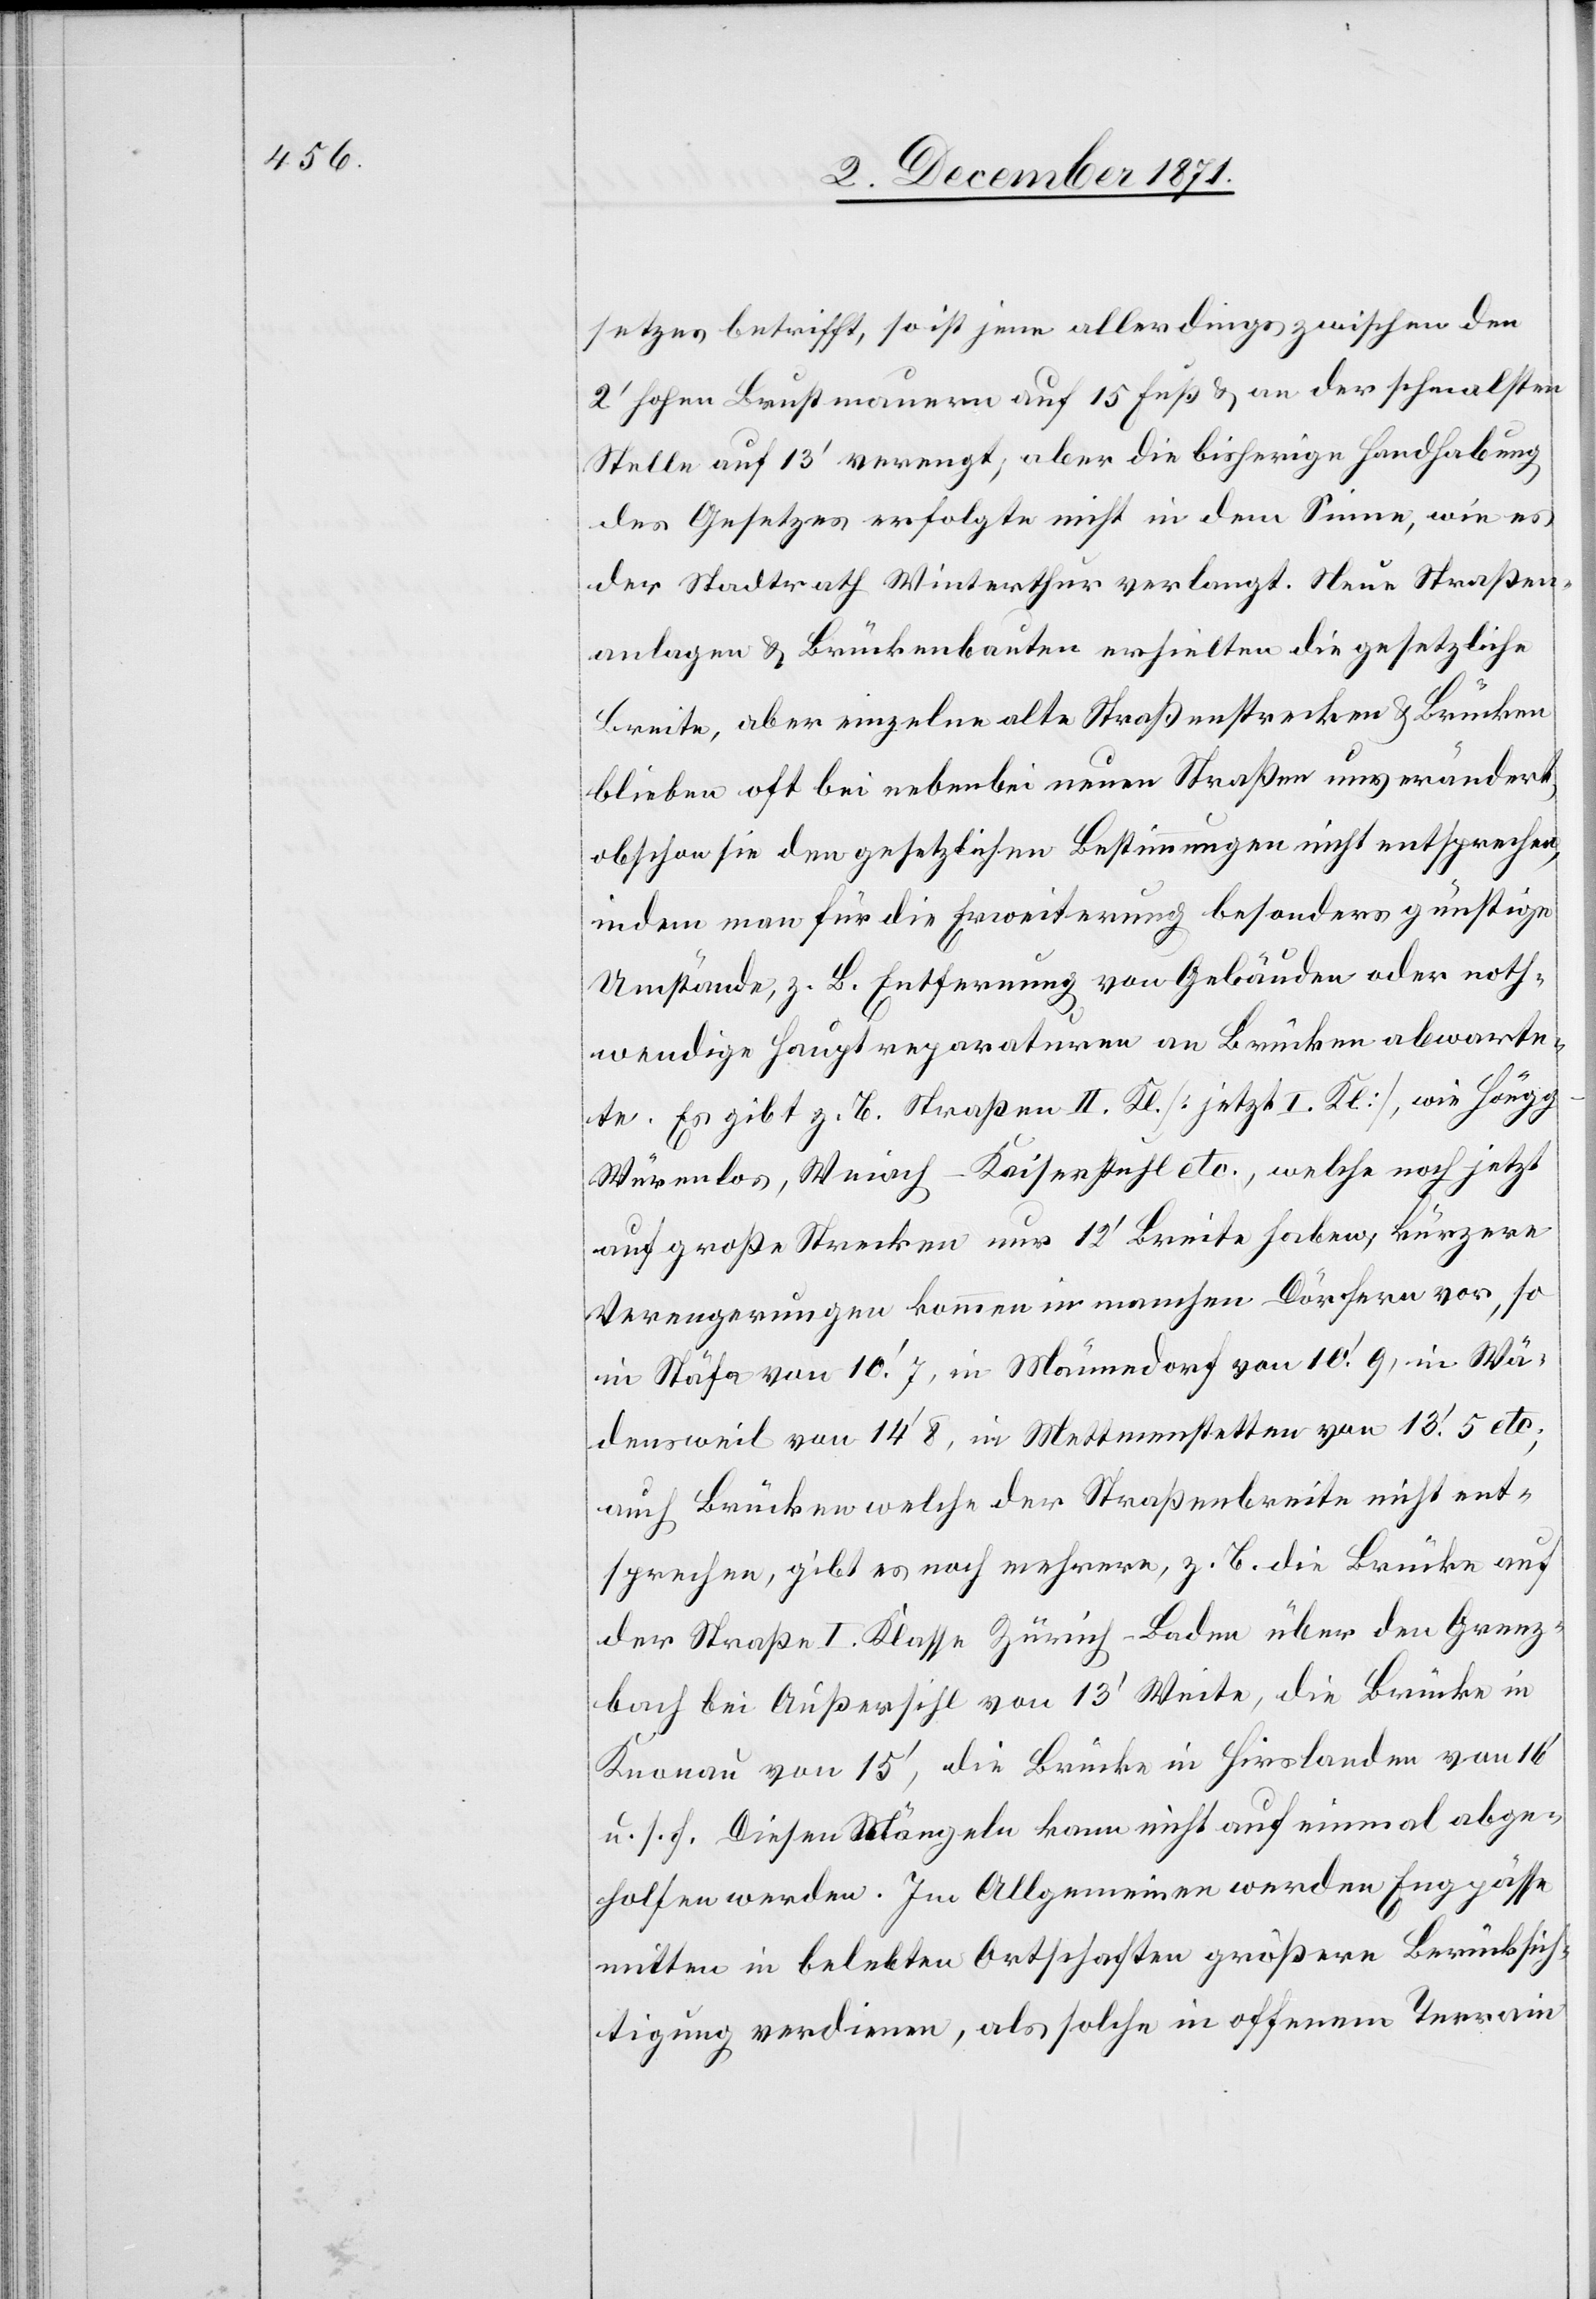
setzes betrifft, so ist jene allerdings zwischen den
2’ hohen Brustmauern auf 15 Fuß & an der schmalsten
Stelle auf 13’ verengt, aber die bisherige Handhabung
des Gesetzes erfolgte nicht in dem Sinne, wie es
der Stadtrath Winterthur verlangt. Neue Straßen¬
anlagen & Brückenbauten erhielten die gesetzliche
Breite, aber einzelne alte Straßenstrecken & Brücken
blieben oft bei nebenbei neuen Straßen unverändert,
obschon sie den gesetzlichen Bestimmungen nicht entsprechen,
indem man für die Erweiterung besonders günstige
Umstände, z. B. Entfernung von Gebäuden oder noth¬
wendige Hauptreparaturen an Brücken obwarte¬
te. Es gibt z. B. Straßen II. Kl. [jetzt I. Kl.], wie Höng¬
g–Würenlos, Weiach–Kaiserstuhl etc., welche noch jetzt
auf große Strecken nur 12’ Breite haben, kürzere
Verengerungen kommen in manchen Dörfern vor, so
in Stäfa von 10’7, in Männedorf von 10’9, in Wä¬
densweil von 14’8, in Mettmenstetten von 13’5 etc.;
auch Brücken welche der Straßenbreite nicht ent¬
sprechen, gibt es noch mehrere, z. B. die Brücke auf
der Straße I. Klasse Zürich–Baden über den Grenz¬
bach bei Außersihl von 13’ Weite, die Brücke in
Knonau von 15’, die Brücke in Hirslanden von 16’
u. s. f. Diesen Mängeln kann nicht auf einmal abge¬
holfen werden. Im Allgemeinen werden Engpässe
mitten in belebten Ortschaften größere Berücksich¬
tigung verdienen, als solche in offenem Terrain